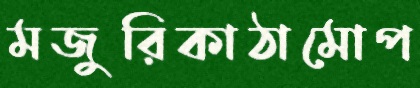
মজুরিকাঠামোপ